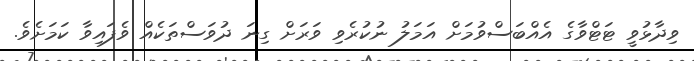
ވިދާޅުވީ ޓަޓްވާގެ އެއްބަސްވުމަށް އަމަލު ނުކުރެވި ވަރަށް ގިނަ ދުވަސްތަކެއް ވެފައިވާ ކަމަށެވެ.